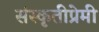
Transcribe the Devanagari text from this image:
संस्कृतीप्रेमी